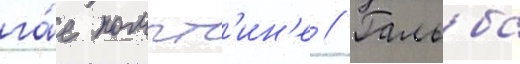
га́е помпт'ин'е // Гальба